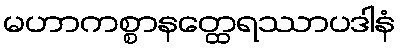
မဟာကစ္စာနတ္ထေရဿာပဒါနံ